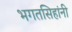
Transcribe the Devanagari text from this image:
भगतसिहांनी